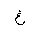
Letter: _gayn